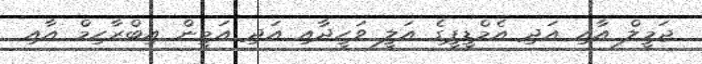
ޖަމީލް އާއި އަދި އެމްޑީޕީގެ އަލީ ވަހީދާއި އަދި އަމީން އިބްރާހިމް އާއި